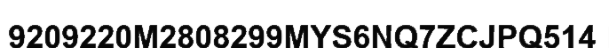
9209220M2808299MYS6NQ7ZCJPQ514